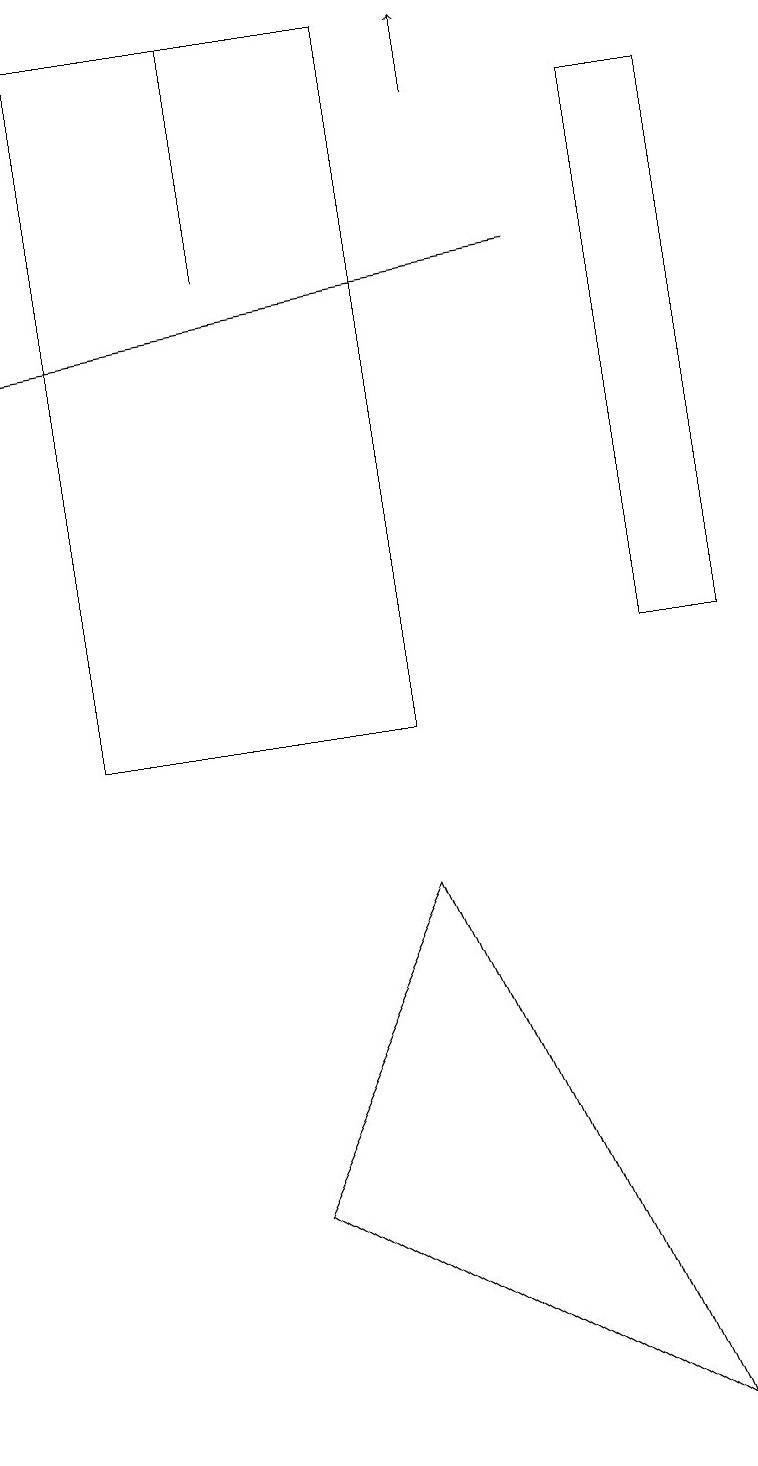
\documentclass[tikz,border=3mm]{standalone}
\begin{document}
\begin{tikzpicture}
\draw (1,19) rectangle (5,10);
\draw[->] (6,18) -- (6,19);
\draw[->] (0,18) -- (0,15);
\draw (9,18) rectangle (8,11);
\draw[->] (7,16) -- (0,15);
\draw (8,1) -- (5,8) -- (3,4) -- cycle;
\draw (3,16) rectangle (3,19);
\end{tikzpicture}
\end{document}